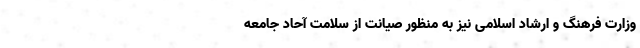
وزارت فرهنگ و ارشاد اسلامی نیز به منظور صیانت از سلامت آحاد جامعه